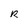
Character: R